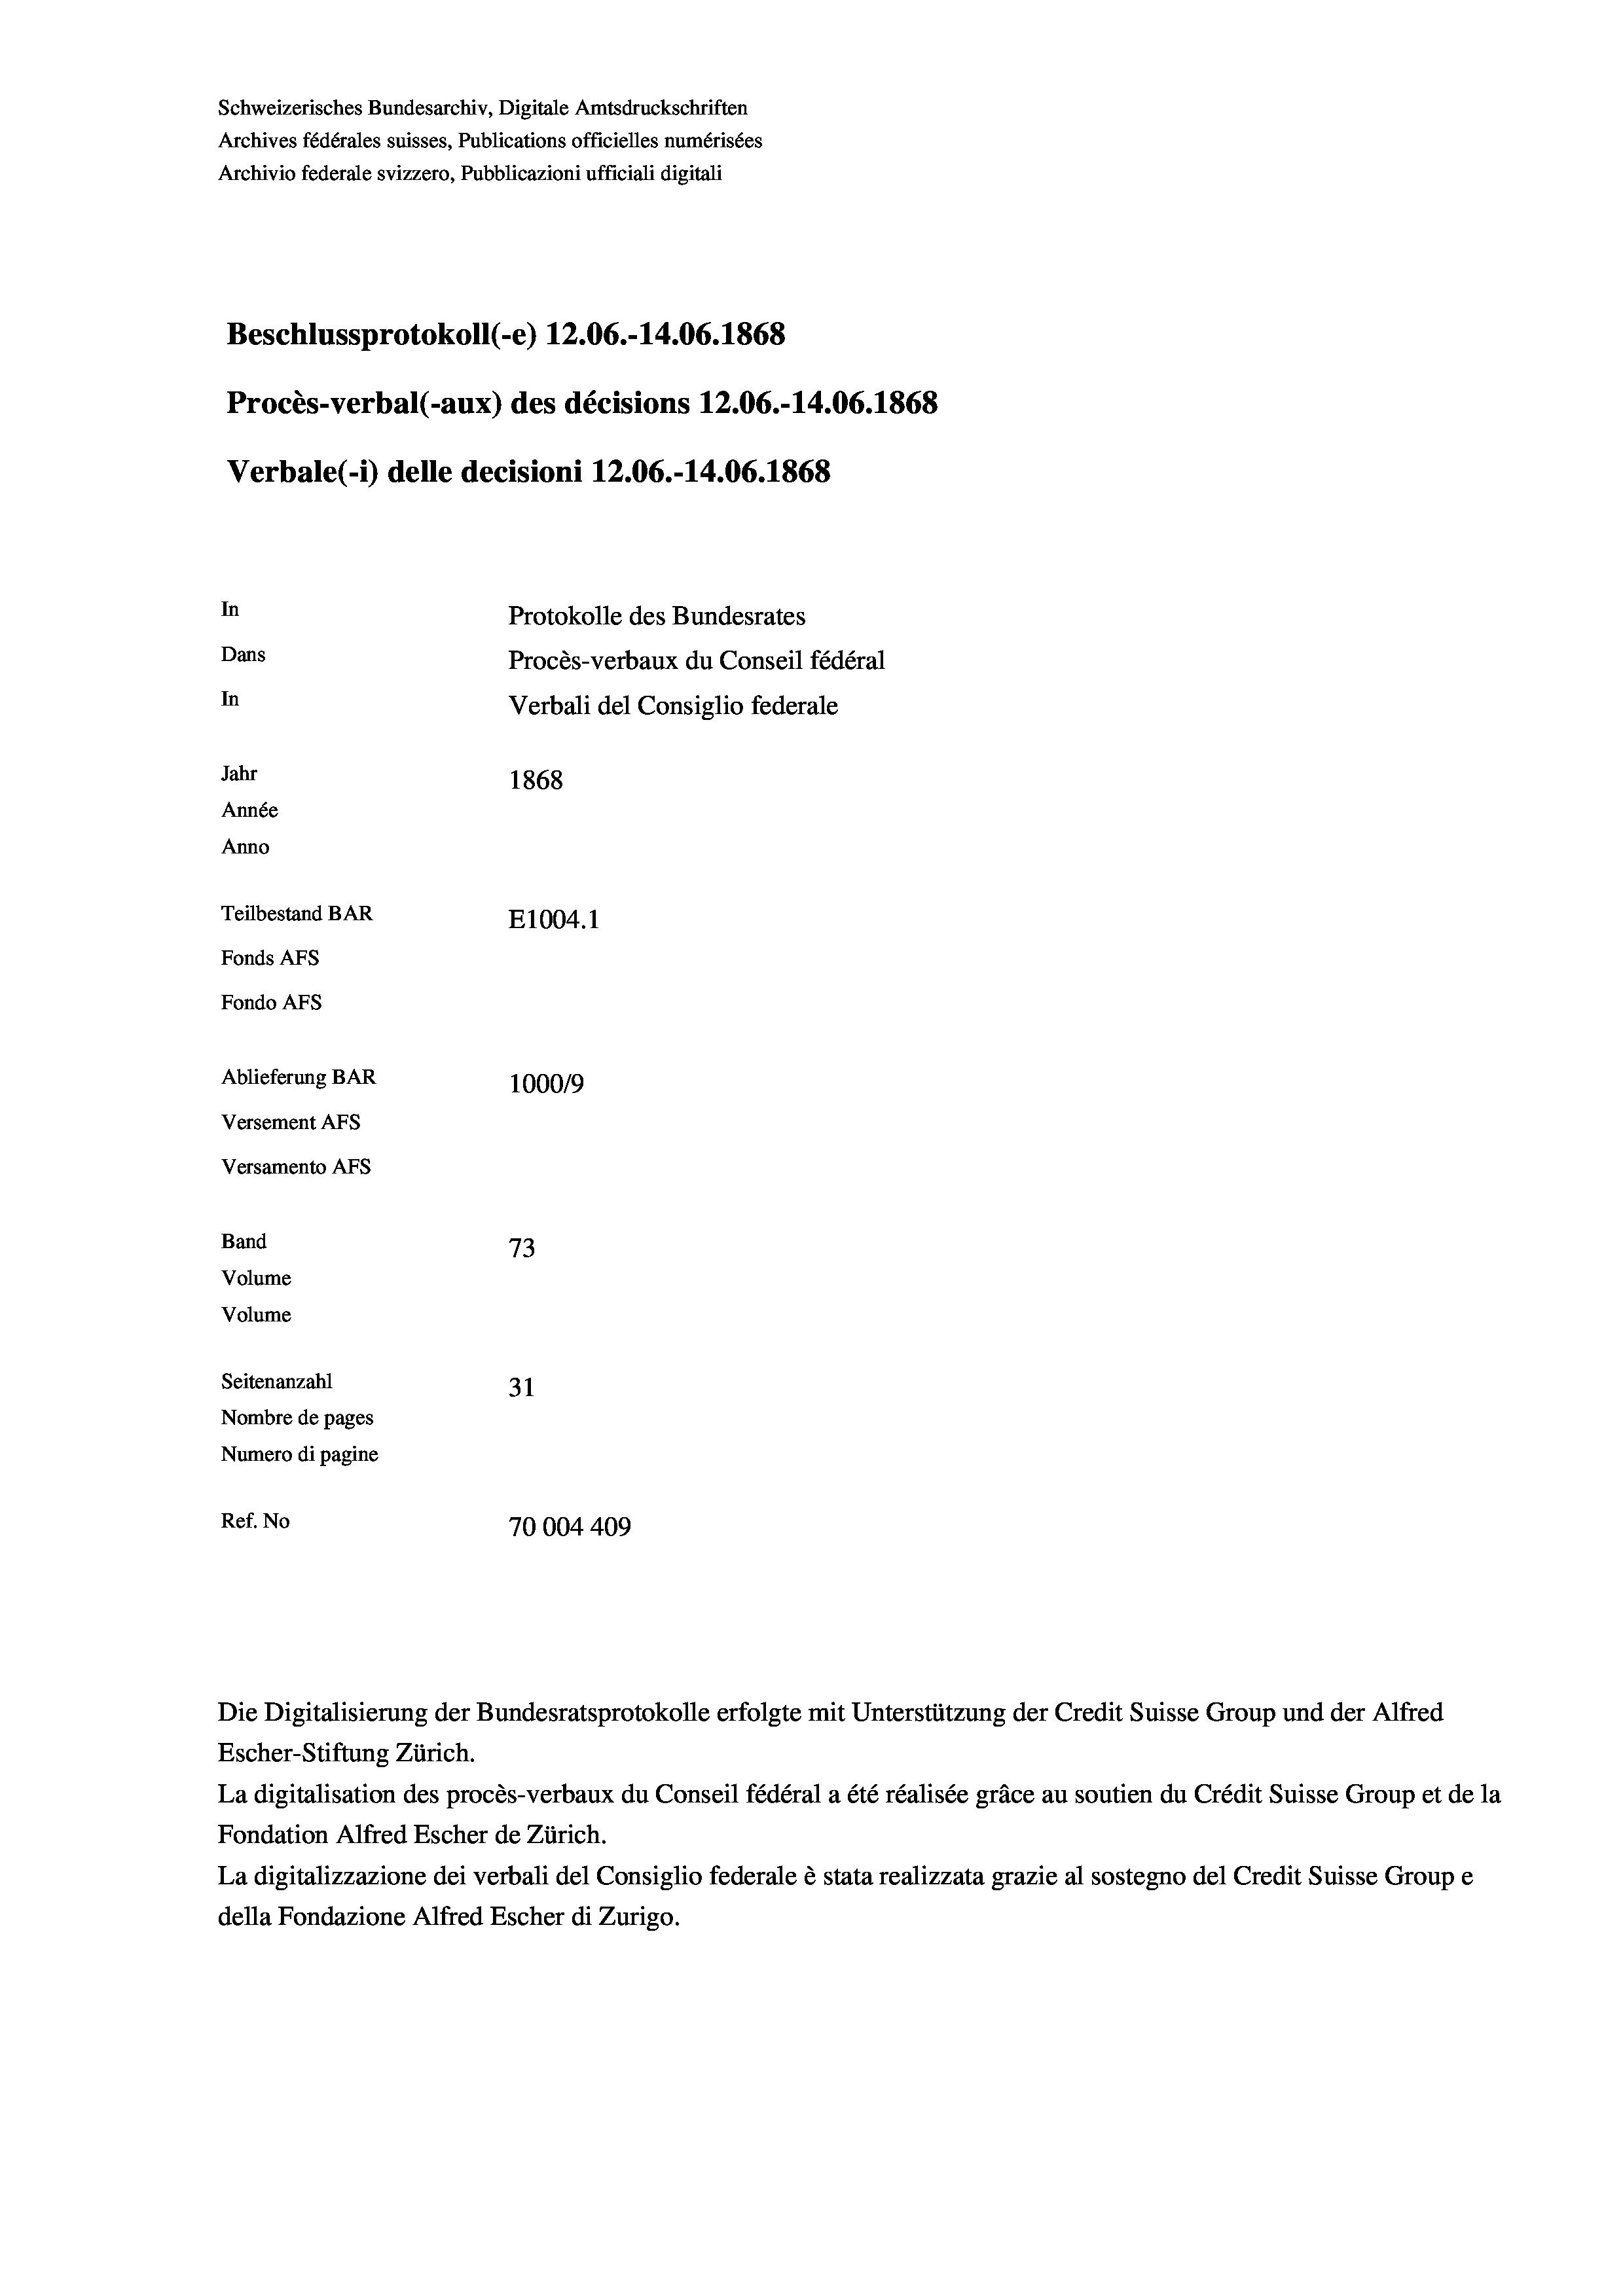
Schweizerisches Bundesarchiv, Digitale Amtsdruckschriften
Archives fédérales suisses, Publications officielles numérisées
Archivio federale svizzero, Pubblicazioni ufficiali digitali
Beschlussprotokoll (-e) 12.06.-14.06. 1868
Procès-verbal (-aux) des décisions 12.06.-14.06. 1868
Verbale (i) delle decisioni 12.06.-14.06. 1868
In
Protokolle des Bundesrates
Dans
Procès-verbaux du Conseil fédéral
In
Verbali del Consiglio federale
Jahr
1868
Année
Anno
Teilbestand BAR
E1004. 1
Fonds AFs
Fondo Afs
Ablieferung BAR
1000/9
Versement AFs
Versamento Afs
Band
73
Volume
Volume
Seitenanzahl
31
Nombre de pages
Numero di pagine
Ref. No
70004 409

La digitalisation des procès-verbaux du Conseil fédéral a été réalisée gräce au soutien du Crédit Suisse Group et de la
Fondation Alfred Escher de Zürich.
La digitalizzazione dei verbali del Consiglio federale è stata realizzata grazie al sostegno del Credit Suisse Groupe
della Fondazione Alfred Escher di Zurigo.

Die Digitalisierung der Bundesratsprotokolle erfolgte mit Unterstützung der Credit Suisse Group und der Alfred
Escher-Stiftung Zürich.